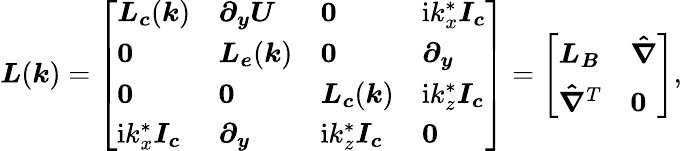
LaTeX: \boldsymbol{L}(\boldsymbol{k})=\left[\begin{array}{llll}{\boldsymbol{L_{c}}(\boldsymbol{k})}&{\boldsymbol{\partial_{y}U}}&{\boldsymbol{0}}&{\mathrm{i}k_{x}^{*}\boldsymbol{I_{c}}}\\ {\boldsymbol{0}}&{\boldsymbol{L_{e}}(\boldsymbol{k})}&{\boldsymbol{0}}&{\boldsymbol{\partial_{y}}}\\ {\boldsymbol{0}}&{\boldsymbol{0}}&{\boldsymbol{L_{c}}(\boldsymbol{k})}&{\mathrm{i}k_{z}^{*}\boldsymbol{I_{c}}}\\ {\mathrm{i}k_{x}^{*}\boldsymbol{I_{c}}}&{\boldsymbol{\partial_{y}}}&{\mathrm{i}k_{z}^{*}\boldsymbol{I_{c}}}&{\boldsymbol{0}}\end{array}\right]=\left[\begin{array}{ll}{\boldsymbol{L_{B}}}&{\boldsymbol{\hat{\nabla}}}\\ {\boldsymbol{\hat{\nabla}}^{T}}&{\boldsymbol{0}}\end{array}\right],